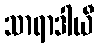
သာရာဒါယီ